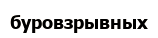
буровзрывных